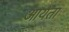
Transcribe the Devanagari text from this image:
आयता